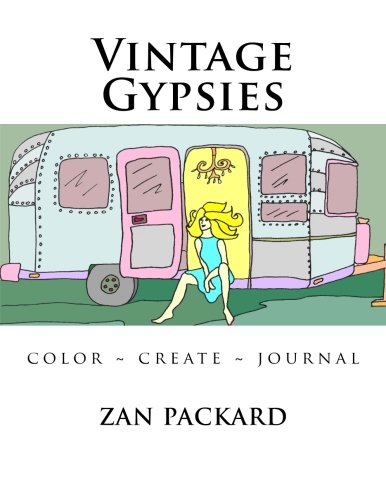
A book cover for Vintage Gypsies: Color ~ Create ~ Journal; Zan Packard; Comics & Graphic Novels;